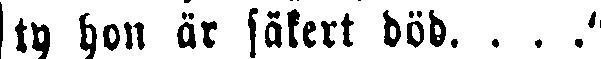
ty hon är säkert död. . . ."